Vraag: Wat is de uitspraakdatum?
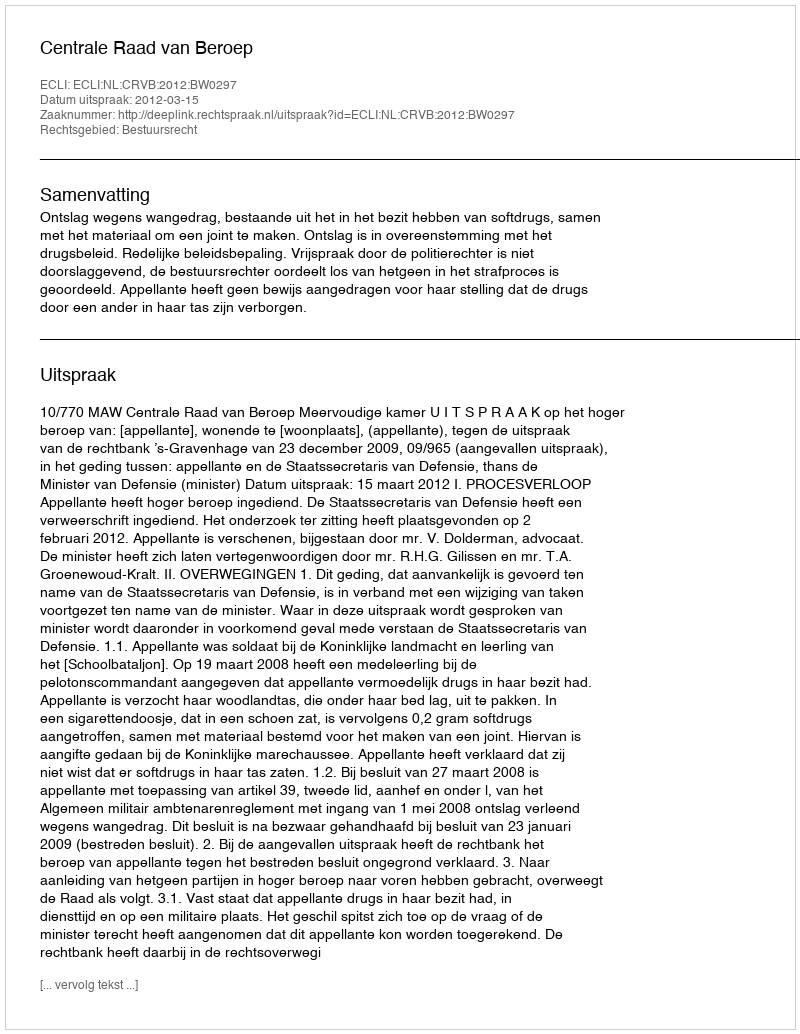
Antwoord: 2012-03-15